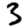
Digit: 3